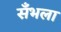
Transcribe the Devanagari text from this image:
सँभला